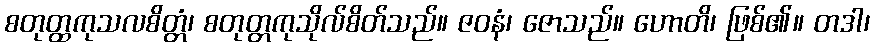
စတုတ္ထကုသလစိတ္တံ၊ စတုတ္တကုသိုလ်စိတ်သည်။ ဇဝနံ၊ ဇောသည်။ ဟောတိ၊ ဖြစ်၏။ တဒါ၊